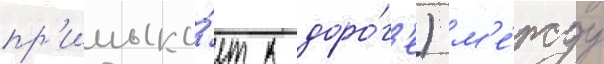
пр'имыка́ет к доро́г'е) м'е́жду